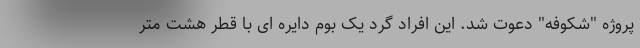
پروژه "شکوفه" دعوت شد. این افراد گرد یک بوم دایره ای با قطر هشت متر